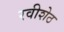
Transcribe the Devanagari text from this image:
रवीशेठ